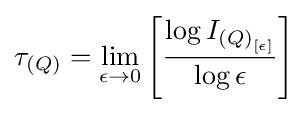
\tau _{(Q)}={\lim _{\epsilon \to 0}{\left[{\frac {\log {I_{{(Q)}_{[\epsilon ]}}}}{\log {\epsilon }}}\right]}}